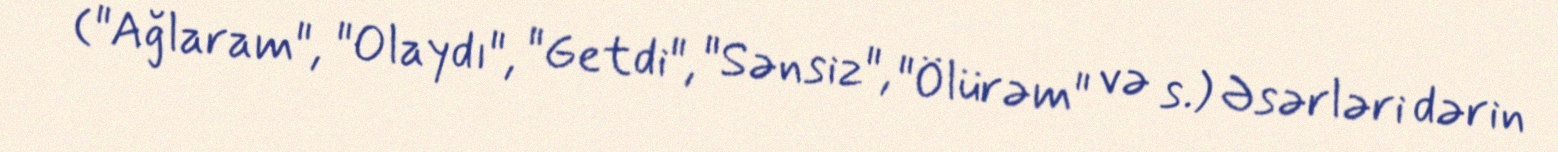
("Ağlaram", "Olaydı", "Getdi", "Sənsiz", "Ölürəm" və s.) Əsərləri dərin